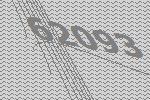
62093